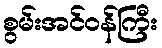
စွမ်းအင်ဝန်ကြီး